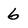
Character: 6